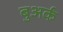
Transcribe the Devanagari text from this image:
बुअर्क